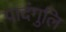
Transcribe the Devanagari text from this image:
पादंगुलि